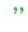
"